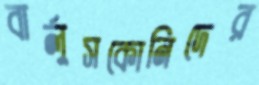
বার্লুসকোনিদের